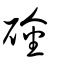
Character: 碒